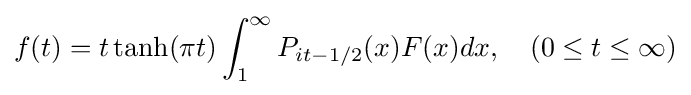
f(t)=t\tanh(\pi t)\int _{1}^{\infty }P_{it-1/2}(x)F(x)dx,\quad (0\leq t\leq \infty )